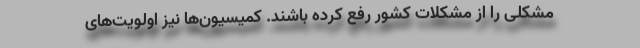
مشکلی را از مشکلات کشور رفع کرده باشند. کمیسیون‌ها نیز اولویت‌های